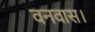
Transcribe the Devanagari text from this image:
वनवास।